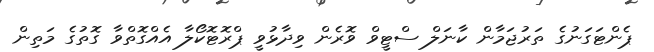
ޕެންޓަގަނުގެ ތަރުޖަމާން ކާނަލް ސްޓީވް ވޮރެން ވިދާޅުވީ ޕްރޮޓޮކޯލާ އެއްގޮތްވާ ގޮތުގެ މަތިން